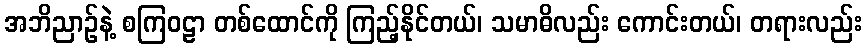
အဘိညာဉ်နဲ့ စကြဝဠာ တစ်ထောင်ကို ကြည့်နိုင်တယ်၊ သမာဓိလည်း ကောင်းတယ်၊ တရားလည်း